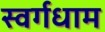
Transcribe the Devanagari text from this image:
स्वर्गधाम